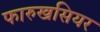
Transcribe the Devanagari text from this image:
फारुखसियर